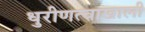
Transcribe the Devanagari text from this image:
धुरीणत्वाखाली